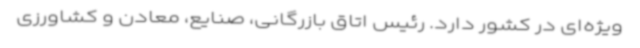
ویژه‌ای در کشور دارد. رئیس اتاق بازرگانی، صنایع، معادن و کشاورزی